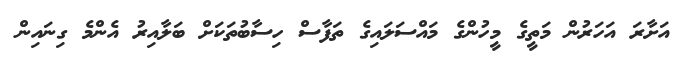
އަށާރަ އަހަރުން މަތީގެ މީހުންގެ މައްސަލައިގެ ތަފާސް ހިސާބުތަކަށް ބަލާއިރު އެންމެ ގިނައިން